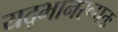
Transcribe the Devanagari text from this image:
यद्भानरूपतः